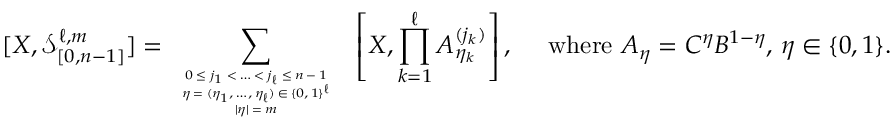
[ X , \mathcal { S } _ { [ 0 , n - 1 ] } ^ { \ell , m } ] = \sum _ { \tiny \begin{array} { c } { 0 \leq j _ { 1 } < \ldots < j _ { \ell } \leq n - 1 } \\ { \eta = ( \eta _ { 1 } , \ldots , \eta _ { \ell } ) \in \{ 0 , 1 \} ^ { \ell } } \\ { | \eta | = m } \end{array} } \, \, \left[ X , \prod _ { k = 1 } ^ { \ell } A _ { \eta _ { k } } ^ { ( j _ { k } ) } \right] , \quad \mathrm { ~ w h e r e ~ } A _ { \eta } = C ^ { \eta } B ^ { 1 - \eta } , \, \eta \in \{ 0 , 1 \} .